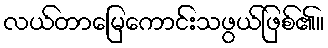
လယ်တာမြေကောင်းသဖွယ်ဖြစ်၏။